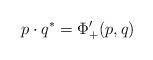
LaTeX: \begin{align*} p\cdot q^* = \Phi_+'(p,q)\end{align*}